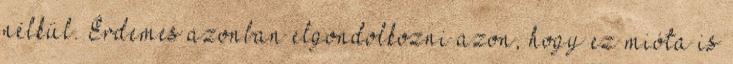
nélkül. Érdemes azonban elgondolkozni azon, hogy ez mióta is